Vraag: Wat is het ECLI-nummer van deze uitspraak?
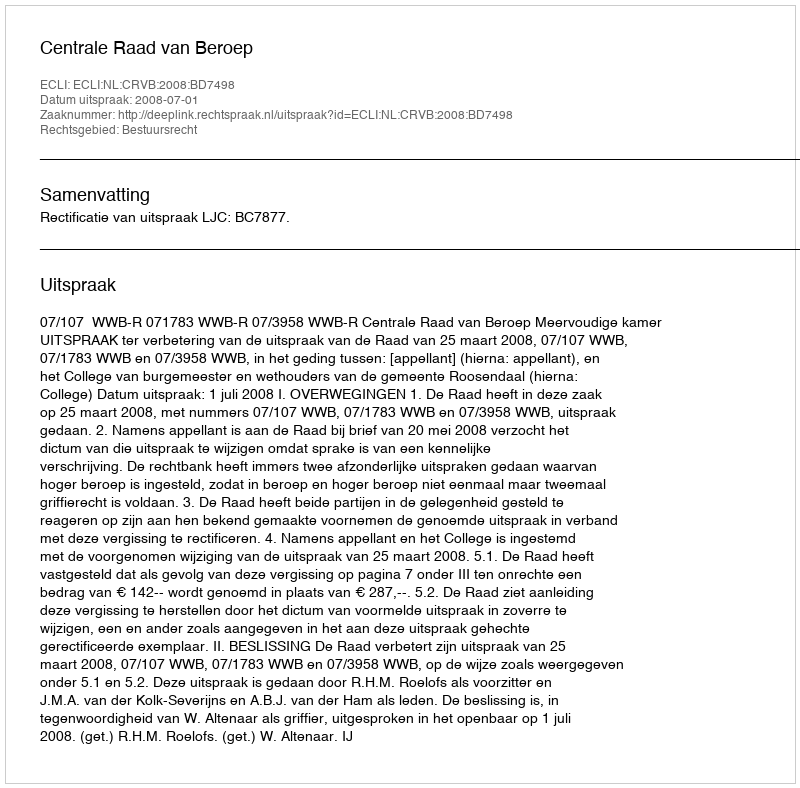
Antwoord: ECLI:NL:CRVB:2008:BD7498